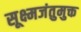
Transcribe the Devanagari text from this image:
सूक्ष्मजंतुमुक्त